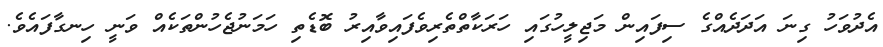
އެދުވަހު ގިނަ އަދަދެއްގެ ސިފައިން މަޖިލީހުގައި ހަރަކާތްތެރިވެފައިވާއިރު ބޮޑެތި ހަމަނުޖެހުންތަކެއް ވަނީ ހިނގާފައެވެ.